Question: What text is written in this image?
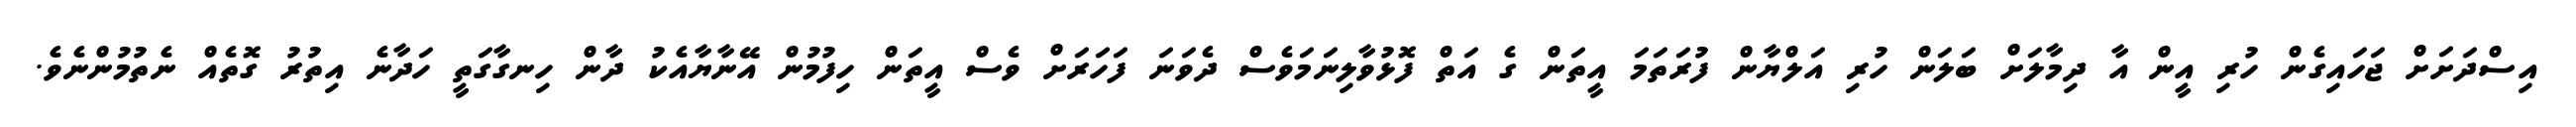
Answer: އިސްދަށަށް ޖަހައިގެން ހުރި އީން އާ ދިމާލަށް ބަލަން ހުރި އަލްޔާން ފުރަތަމަ އީތަން ގެ އަތް ފޮޅުވާލިނަމަވެސް ދެވަނަ ފަހަރަށް ވެސް އީތަން ހިފުމުން އޭނާޔާއެކު ދާން ހިނގާގަތީ ހަދާނެ އިތުރު ގޮތެއް ނެތުމުންނެވެ.